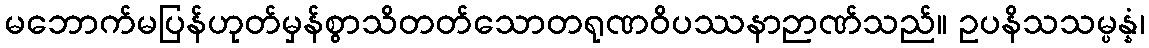
မဘောက်မပြန်ဟုတ်မှန်စွာသိတတ်သောတရုဏဝိပဿနာဉာဏ်သည်။ ဥပနိသသမ္ပန္နံ၊